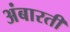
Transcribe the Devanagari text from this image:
अंबारती